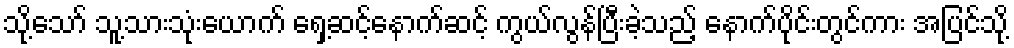
သို့သော် သူ့သားသုံးယောက် ရှေ့ဆင့်နောက်ဆင့် ကွယ်လွန်ပြီးခဲ့သည့် နောက်ပိုင်းတွင်ကား အပြင်သို့